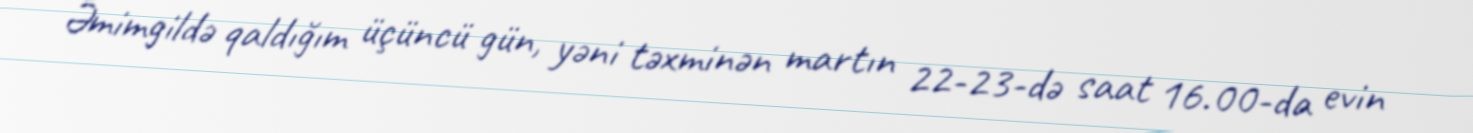
Əmimgildə qaldığım üçüncü gün, yəni təxminən martın 22-23-də saat 16.00-da evin